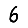
Digit: 6